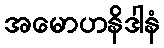
အမောဟနိဒါနံ